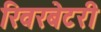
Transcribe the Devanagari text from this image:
रिवरबेटरी